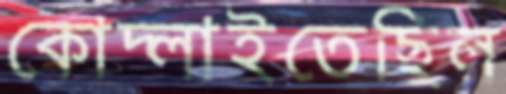
কোদ্‌লাইতেছিল